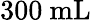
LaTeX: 300~\mathrm{mL}